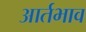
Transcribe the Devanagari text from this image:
आर्तभाव